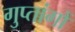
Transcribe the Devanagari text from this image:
गुप्‍तांगों